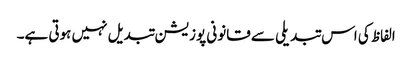
الفاظ کی اس تبدیلی سے قانونی پوزیشن تبدیل نہیں ہوتی ہے۔